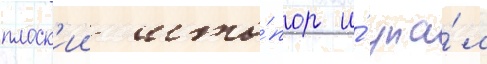
плоск'ии што́пор и́ упа́л